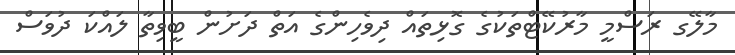
މާލޭގ ރަސްމީ މާރުކޭޓްތަކުގެ ގޮޅިތައް ދިވެހިންގެ އަތް ދަށުން ބީވިތާ ލައްކަ ދުވަސް